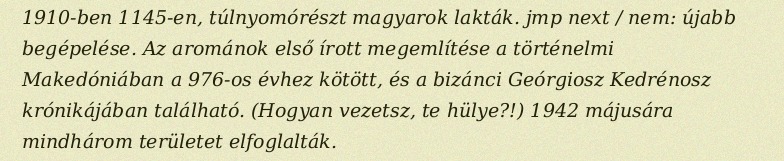
1910-ben 1145-en, túlnyomórészt magyarok lakták. jmp next / nem: újabb begépelése. Az arománok első írott megemlítése a történelmi Makedóniában a 976-os évhez kötött, és a bizánci Geórgiosz Kedrénosz krónikájában található. (Hogyan vezetsz, te hülye?!) 1942 májusára mindhárom területet elfoglalták.